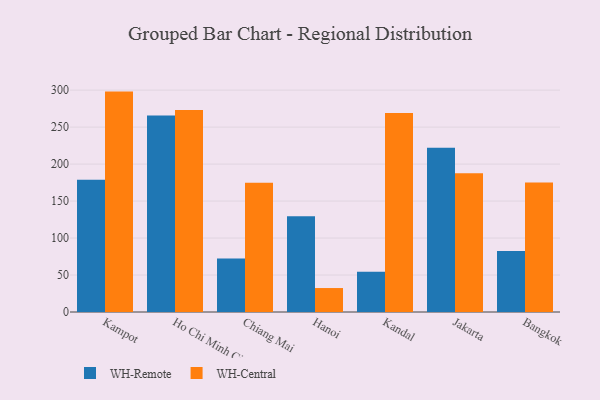
{"axis": {"x": "City", "y": "Budget (USD K)"}, "legend": ["WH-Central", "WH-Remote"], "data": [{"x": "Kampot", "y": 178.7, "type": "WH-Remote"}, {"x": "Kampot", "y": 298.0, "type": "WH-Central"}, {"x": "Ho Chi Minh City", "y": 265.7, "type": "WH-Remote"}, {"x": "Ho Chi Minh City", "y": 273.2, "type": "WH-Central"}, {"x": "Chiang Mai", "y": 72.4, "type": "WH-Remote"}, {"x": "Chiang Mai", "y": 174.7, "type": "WH-Central"}, {"x": "Hanoi", "y": 129.6, "type": "WH-Remote"}, {"x": "Hanoi", "y": 32.4, "type": "WH-Central"}, {"x": "Kandal", "y": 54.3, "type": "WH-Remote"}, {"x": "Kandal", "y": 269.2, "type": "WH-Central"}, {"x": "Jakarta", "y": 222.0, "type": "WH-Remote"}, {"x": "Jakarta", "y": 187.6, "type": "WH-Central"}, {"x": "Bangkok", "y": 82.6, "type": "WH-Remote"}, {"x": "Bangkok", "y": 175.0, "type": "WH-Central"}]}